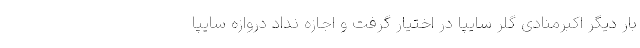
بار دیگر اکبرمنادی گلر سایپا در اختیار گرفت و اجازه نداد دروازه سایپا